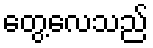
တွေ့လေသည်